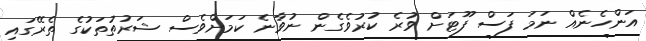
އަންހެނެއް ނަމަ ފަސް ފޫޓަށް ވުރެ ކުރުވެގެން ނުވާނެ ކަމަށްވެސް ޝަރުތުތަކުގެ ތެރޭގައި